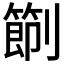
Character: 𠠑